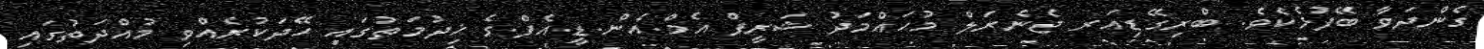
ގެންދަވާ ބޭފުޅެކެވެ. ބްރިގޭޑިއަރ ޖެނެރަލް މުޙައްމަދު ޝަރީފް އެމް.އެން.ޑީ.އެފް.ގެ ޚިދުމަތުގައި ހޭދަކުރެއްވި މުއްދަތުގައި